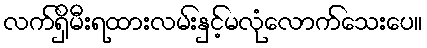
လက်ရှိမီးရထားလမ်းနှင့်မလုံလောက်သေးပေ။